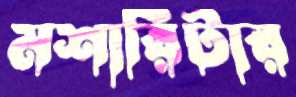
মশারিটার